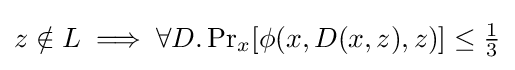
z\notin L\implies \forall D.\Pr \nolimits _{x}[\phi (x,D(x,z),z)]\leq {\tfrac {1}{3}}